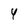
Character: 4